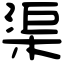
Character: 渠